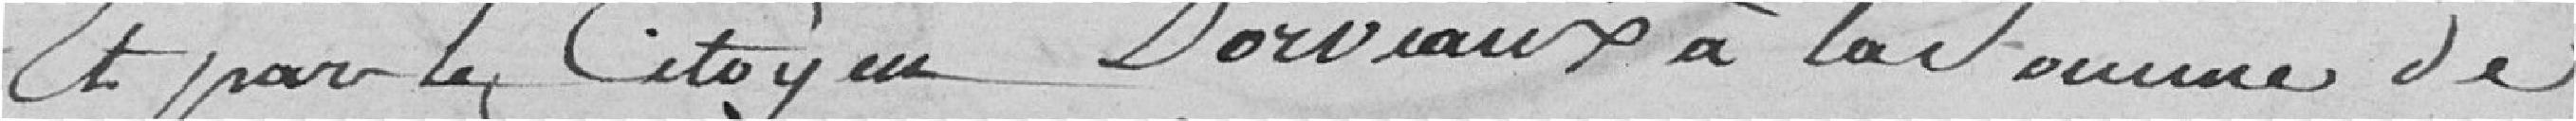
Et par le citoyen Dorveaux à la somme de